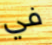
في